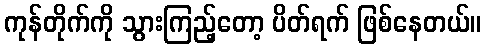
ကုန်တိုက်ကို သွားကြည့်တော့ ပိတ်ရက် ဖြစ်နေတယ်။